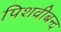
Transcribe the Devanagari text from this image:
पिशवीबन्द